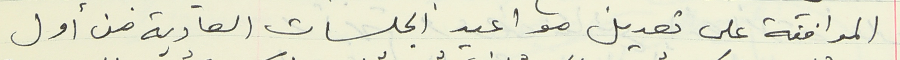
الموافقة على تعديل مواعيد الجلسات العادية من أول